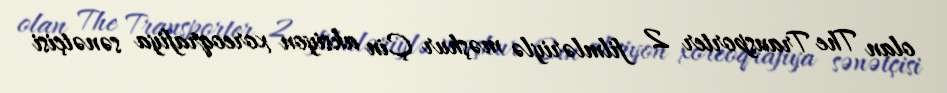
olan The Transporter 2 filmləriylə məşhur Çin aksiyon xoreoqrafiya sənətçisi